Bombay plague: being a history of the progress of plague in the Bombay presidency from September 1896 to June 1899
Year: 1896
Disease focus: Plague
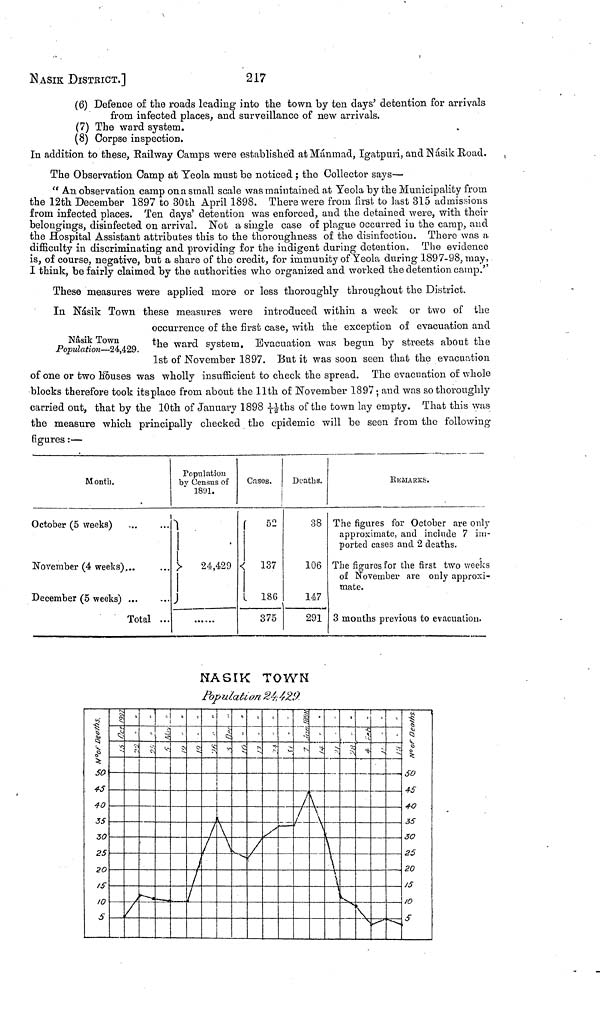
217
NASIK DISTRICT.]
(6) Defence of the roads leading into the town by ten clays' detention for arrivals
from infected places, and surveillance of new arrivals.
(7) The ward system.
(8) Corpse inspection.
In addition to these, Railway Camps were established at Mánmad, Igatpuri, and Násik Road.
The Observation Camp at Teola must be noticed ; the Collector says—
"An observation camp on a small scale was maintained at Yeola by the Municipality from
the 12th December 1897 to 80th April 1898. There were from first to last 315 admissions
from infected places. Ten days' detention was enforced, and the detained were, with their
belongings, disinfected on arrival. Not a single case of plague occurred in the camp, and
the Hospital Assistant attributes this to the thoroughness of the disinfection. There was a
difficulty in discriminating and providing for the indigent during detention. The evidence
is, of course, negative, but a share of the credit, for immunity of Yeola during 1897-98, may,
I think, be fairly claimed by the authorities who organized and worked the detention camp."
These measures were applied more or less thoroughly throughout the District.
In Násik Town these measures were introduced within a week or two of the
Nâsik Town
Population—24,429.
occurrence of the first case, with the exception of evacuation and
the ward system. Evacuation was begun by streets about the
1st of November 1897. But it was soon seen that the evacuation
of one or two Houses was wholly insufficient to check the spread. The evacuation of whole
blocks therefore took its place from about the 11th of November 1897 ; and was so thoroughly
carried out, that by the 10th of January 1898 11/12ths of the town lay empty. That this was
the measure which principally checked the epidemic will be seen from the following-
figures :—
Month.
October (5 weeks) ...
November (4 weeks)...
December (5 weeks) ...
Total
...
...
...
Population
by Census of
1891.
24,429
Casos.
52
137
186
375
Deaths.
38
106
147
291
REMARKS.
The figures for October are only
approximate, and include 7 im-
ported cases and 2 deaths.
The figures for the first two weeks
of November are only approxi-
mate.
3 months previous to evacuation.
NASIK TOWN
Population 24,429